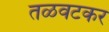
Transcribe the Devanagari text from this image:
तळवटकर